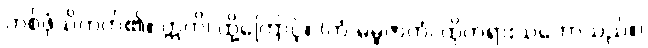
တစ်ဖုံသိတတ်၏။ ဣတိ၊ ထို့ကြောင့်။ (တံ ဓမ္မဇာတံ၊ ထိုတရားသဘောသည်။)